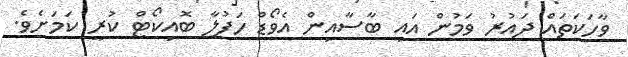
ވާހަކަތައް ދައުރު ވަމުން އައީ ބާސާއިން އެވޯޑް ހަފުލާ ބޮއިކޯޓް ކުރީ ކަމަށެވެ.